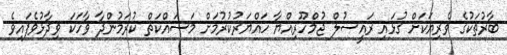
ބާރުތަކުގެ ވެރިޔަކަށް ގުޅައި ރައީސުލް ޖުމްހޫރިއްޔާ ހައްޔަރުކުރުމަށް މަސައްކަތް ކުރަމުންދާ ވާހަކަ ވިދާޅުވެފައިވެ